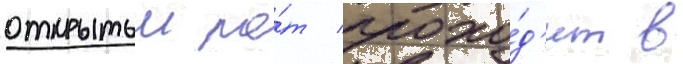
открытыи ро́т прохо́д'ит в